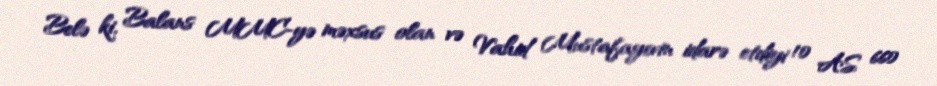
Belə ki, Balans MMC-yə məxsus olan və Vahid Mustafayevin idarə etdiyi 10 AS 660